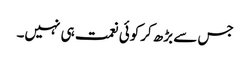
جس سے بڑھ کرکوئی نعمت ہی نہیں۔